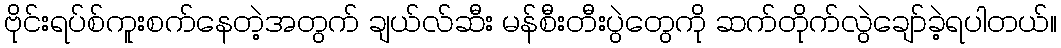
ဗိုင်းရပ်စ်ကူးစက်နေတဲ့အတွက် ချယ်လ်ဆီး မန်စီးတီးပွဲတွေကို ဆက်တိုက်လွဲချော်ခဲ့ရပါတယ်။